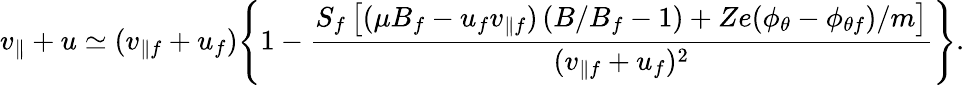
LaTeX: v_{\parallel}+u\simeq(v_{\parallel f}+u_{f})\Bigg\lbrace 1-\frac{S_{f}\left[(\mu B_{f}-u_{f}v_{\parallel f})\left(B/B_{f}-1\right)+Ze(\phi_{\theta}-\phi_{\theta f})/m\right]}{(v_{\parallel f}+u_{f})^{2}}\Bigg\rbrace.